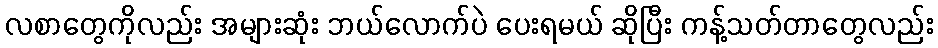
လစာတွေကိုလည်း အများဆုံး ဘယ်လောက်ပဲ ပေးရမယ် ဆိုပြီး ကန့်သတ်တာတွေလည်း